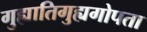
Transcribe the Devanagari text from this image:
गुह्यातिगुह्यगोपता